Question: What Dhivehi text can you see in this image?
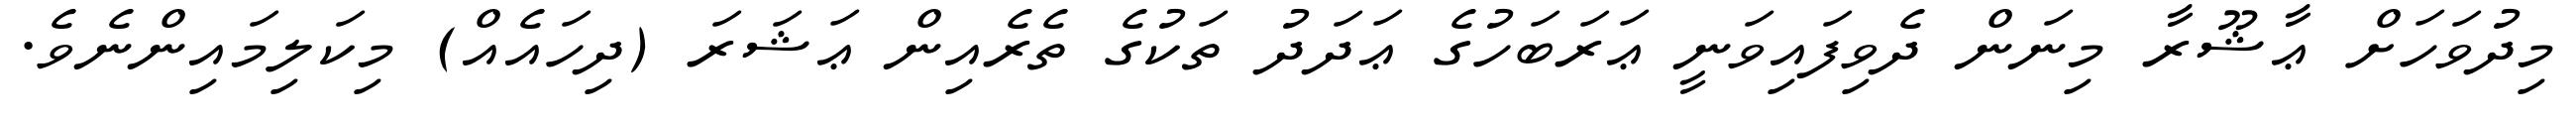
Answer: މިދުވަހަށް ޢާޝޫރާ މިނަން ދެވިފައިވަނީ ޢަރަބަހުގެ ޢަދަދު ތަކުގެ ތެރެއިން ޢަޝަރަ (ދިހައެއް) މިކަލިމައިންނެވެ.